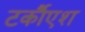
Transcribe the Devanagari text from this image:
टर्कौएश